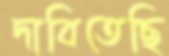
দাবিতেছি